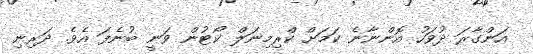
އަންގާރަ ދުވަހު އޮންނާނެ ކަމަށް ކްރިމިނަލް ކޯޓުން ވަނީ ބުނެފަ އެވެ. ދަރިނި